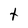
Character: t